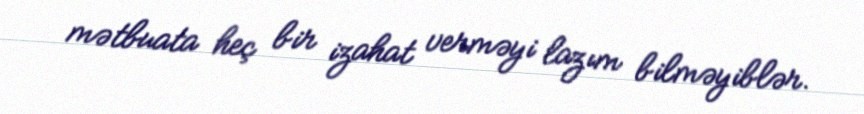
mətbuata heç bir izahat verməyi lazım bilməyiblər.